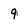
Character: 9